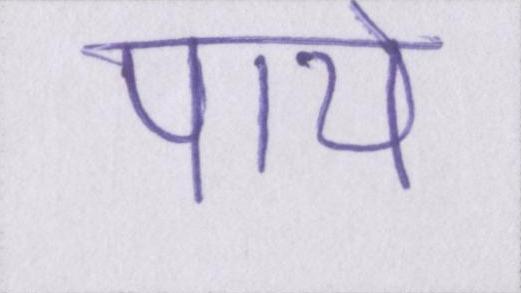
पाये